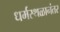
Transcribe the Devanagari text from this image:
धर्मस्थळानंतर